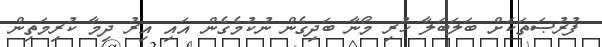
ފުރުޞަތަކަށް ބަލަބަލާ ހުރި މޯނާ ބަދިގެން ނުކުމެގެން އައި އިރު ދިމާ ކުރިމަތިން